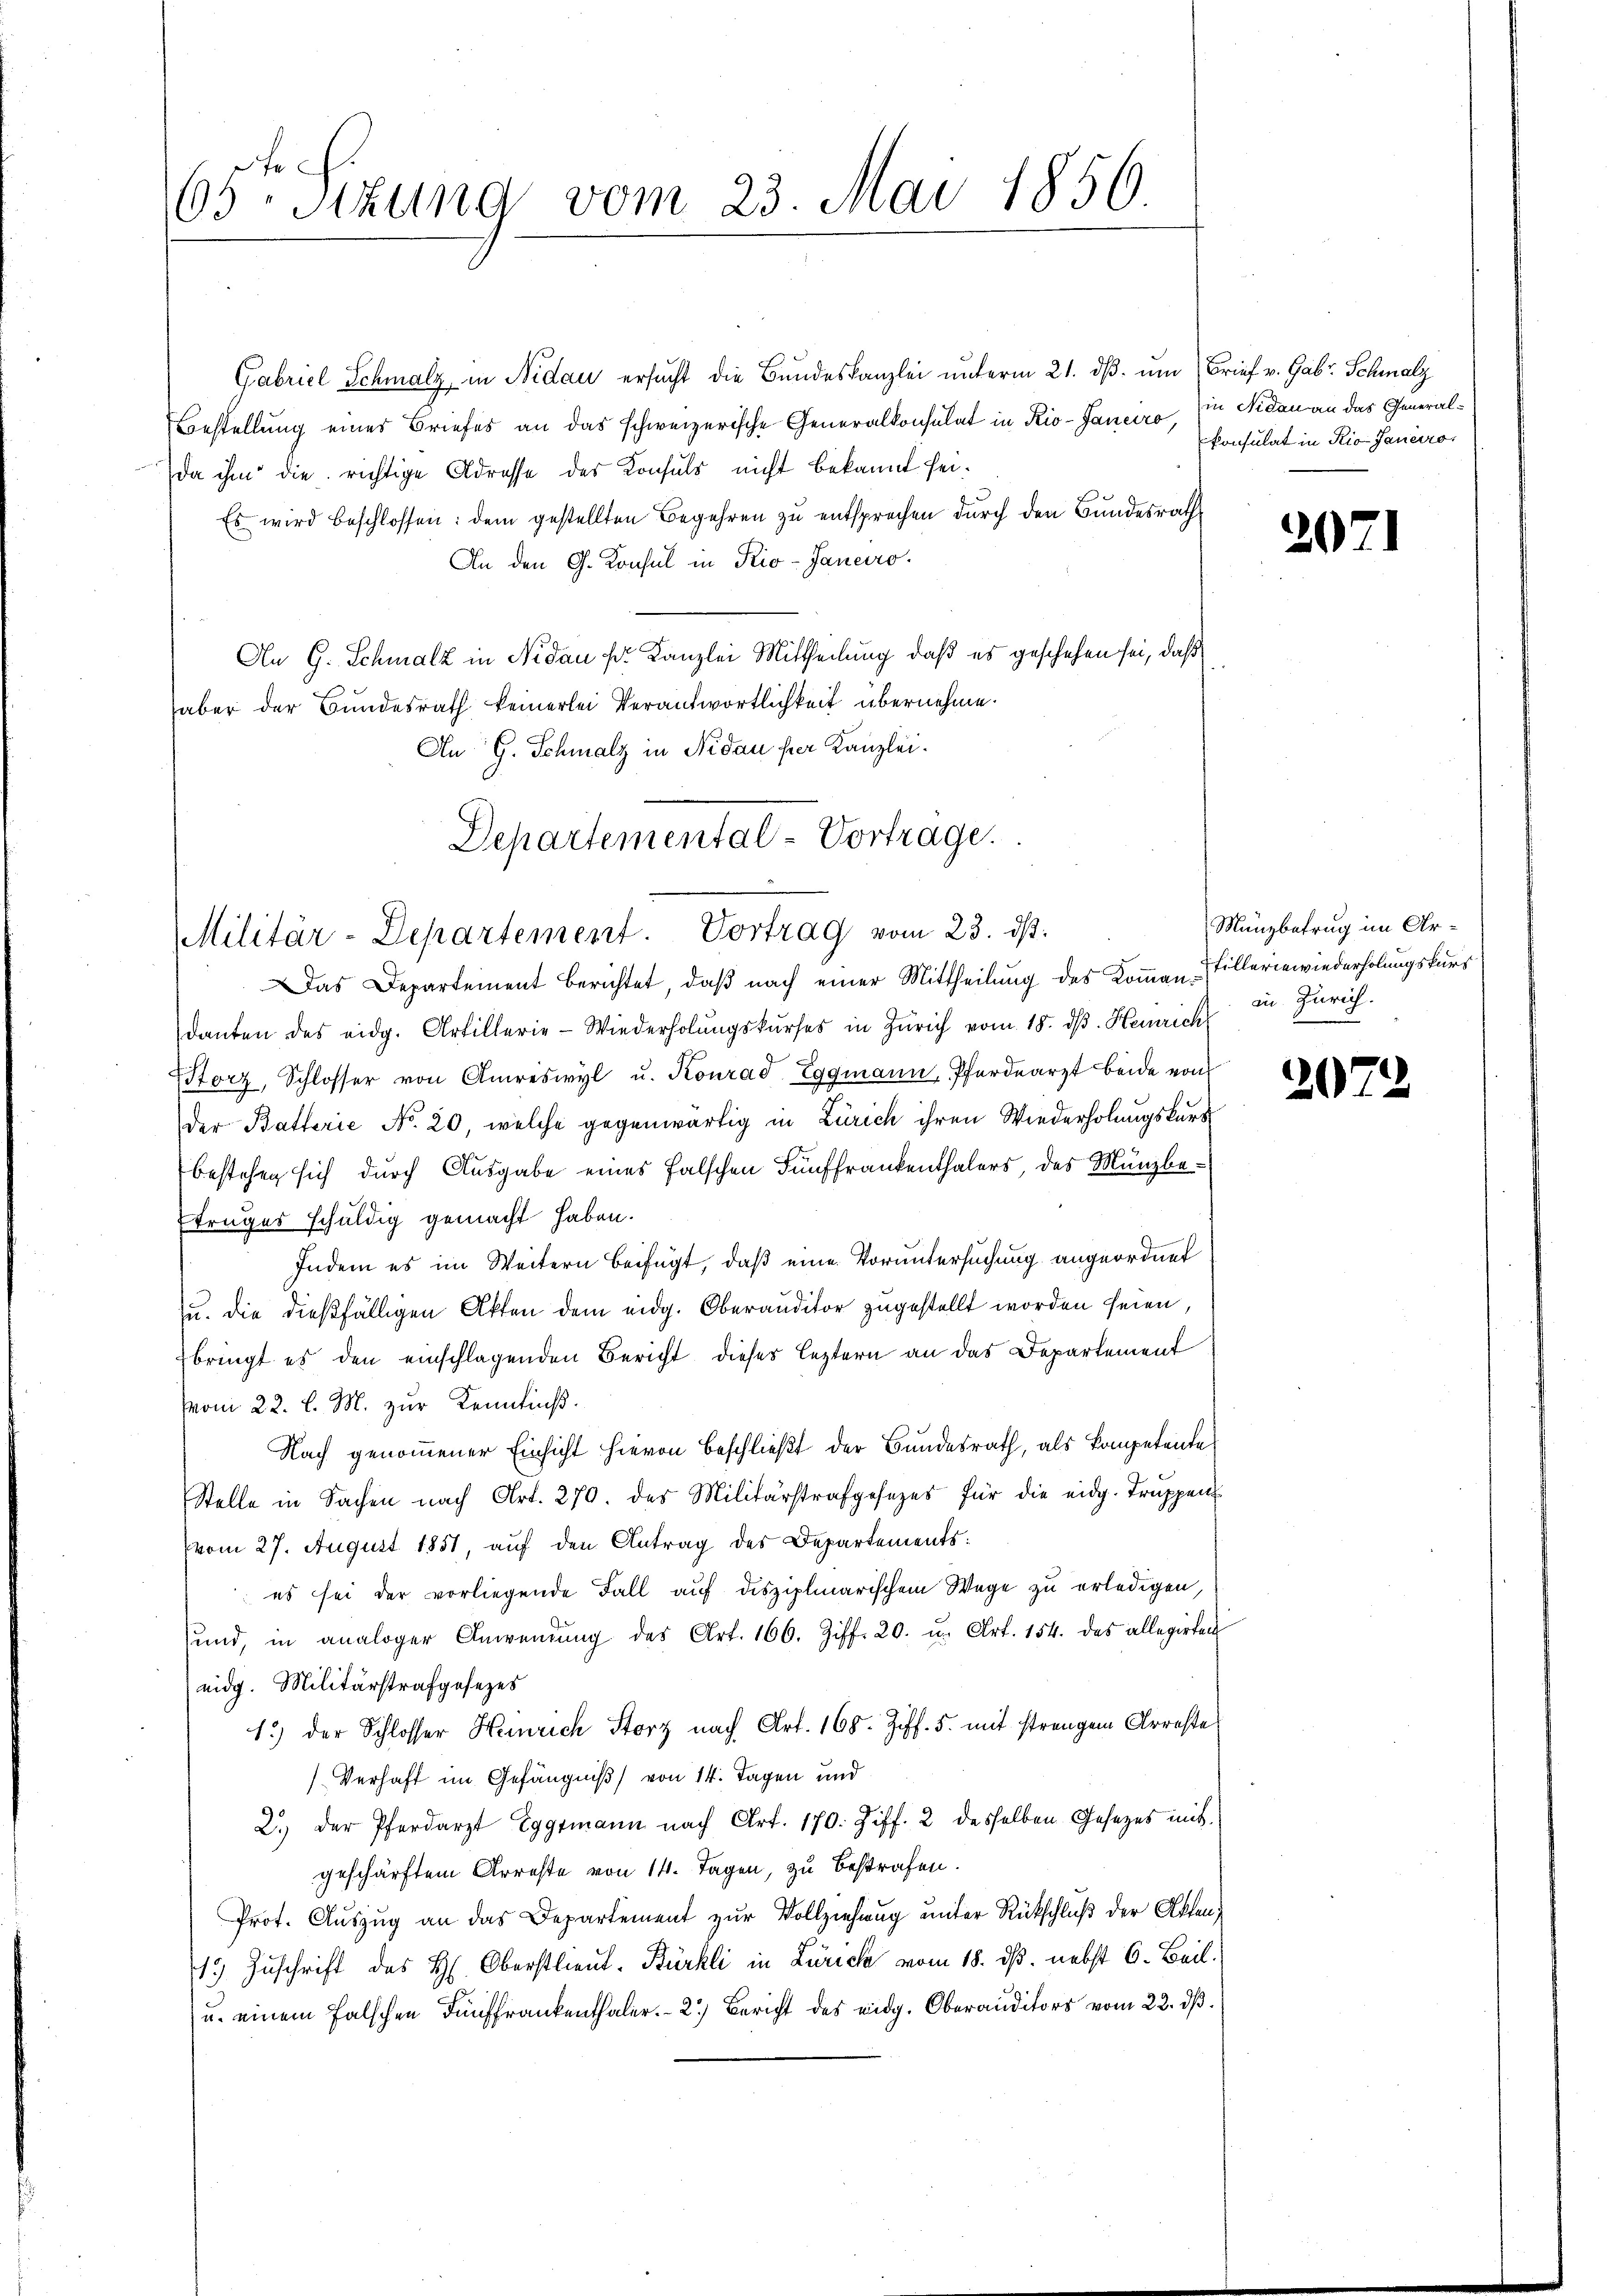
fr
65 Stzung vom 23. Mai 1856

Gabriel Schmalz, in Nidau ersucht die Bundeskanzlei unterm 21. dβ. um Brief v. Gabe Schmalz
Bestellung eines Briefes an das schweizerische Generalkonsulat in Rio-Janeiro, in Nidau an das Generalda ihm die richtige Adresse des Konsuls nicht bekannt sei¬
Es wird beschlossen: dem gestellten Begehren zu entsprochen durch den Bundesrath
An den G. Konsul in Pio-Janeiro
An G. Schmalz in Nidau Dr. Kanzlei Mittheilung, daß es geschehen sei, daß
aber der Bundesrath keinerlei Verantwortlichkeit übernehme.
An G. Schmalz in Nidau her Kanzlei.
Departemental-Vortrage.

Militär-Departement. Vortrag vom 23. ds.

konsulat in Rio Janeiro

Das Departement berichtet, daß nach einer Mittheilung des Koṁan-Tilleriewiederholungskurs
danten des eidg. Artillerie-Wiederholungskurses in Zürich vom 18. ds. Heinrich
Storz, Schlosser von Amriswyl u. Konrad Eggmann, Pferdearzt beide von
der Batterie No. 20, welche gegenwärtig in Zürich ihren Wiederholungskurs
bestehen sich durch Ausgabe eines falschen Fünffrankenthalers, des Munzbetruges schuldig gemacht haben.
Indem es im Weitern beifügt, daß eine Voruntersuchung angeordnet
zu. die dießfälligen Akten dem eidg. Oberauditor zugestellt worden seien.
bringt es den einschlagenden Bericht dieses leztern an das Departement
vom 22. l. M. zur Kenntniß.
Nach genommener Einsicht hievon beschließt der Bundesrath, als kompetente
Stelle in Sachen nach Art. 270. des Militärstrafgesetzes für die eidg. Trŭppen
vom 27. August 1851, auf den Antrag des Departements:
es sei der vorliegende Fall auf disziplinarischem Wege zu erledigen,
sund, in analoger Anwendŭng des Art. 166. Ziff. 20. u. Art. 154. das allegirten
eidg. Militärstrafgesezes
1.) der Schlosser Heinrich Storz nach Art. 168. Ziff. 5. mit strengem Arreste
Verhaft im Gefängniß von 14. Tagen und
2.) Der Pferdarzt Eggtmann nach Art. 170. Ziff. 2 desselben Gesetzes mit
geschärftem Arreste von 14. Tagen, zu bestrafen.
Prot. Auszug an das Departement zur Vollziehung unter Rückschluß der Akten,
1.) Zuschrift des H. Oberstlieut. Bürkli in Zürich vom 18. ds. nebst 6. Beil.
u. einem falschen Fünffrankenthaler.- 2.) Bericht des eidg. Oberauditors vom 22. dß.

2

1

Mänzbetrug im Arin Zürich.

2072